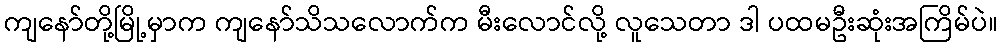
ကျနော်တို့မြို့မှာက ကျနော်သိသလောက်က မီးလောင်လို့ လူသေတာ ဒါ ပထမဦးဆုံးအကြိမ်ပဲ။